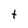
Character: t